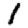
Digit: 1